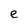
Character: e